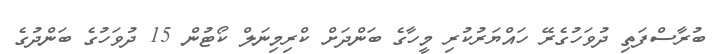
ބުރާސްފަތި ދުވަހުގެރޭ ހައްޔަރުކުރި މީހާގެ ބަންދަށް ކްރިމިނަލް ކޯޓުން 15 ދުވަހުގެ ބަންދުގެ